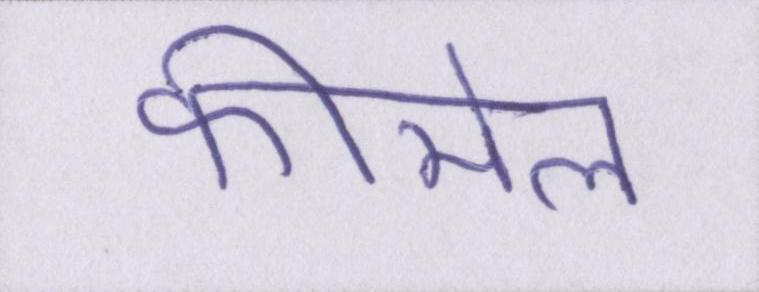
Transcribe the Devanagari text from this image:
फीमेल